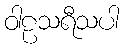
ဝါဠသရီသပါ